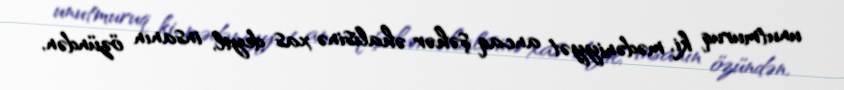
unutmuruq ki, mədəniyyət ancaq şəhər əhalisinə xas deyil, insanın özündən,